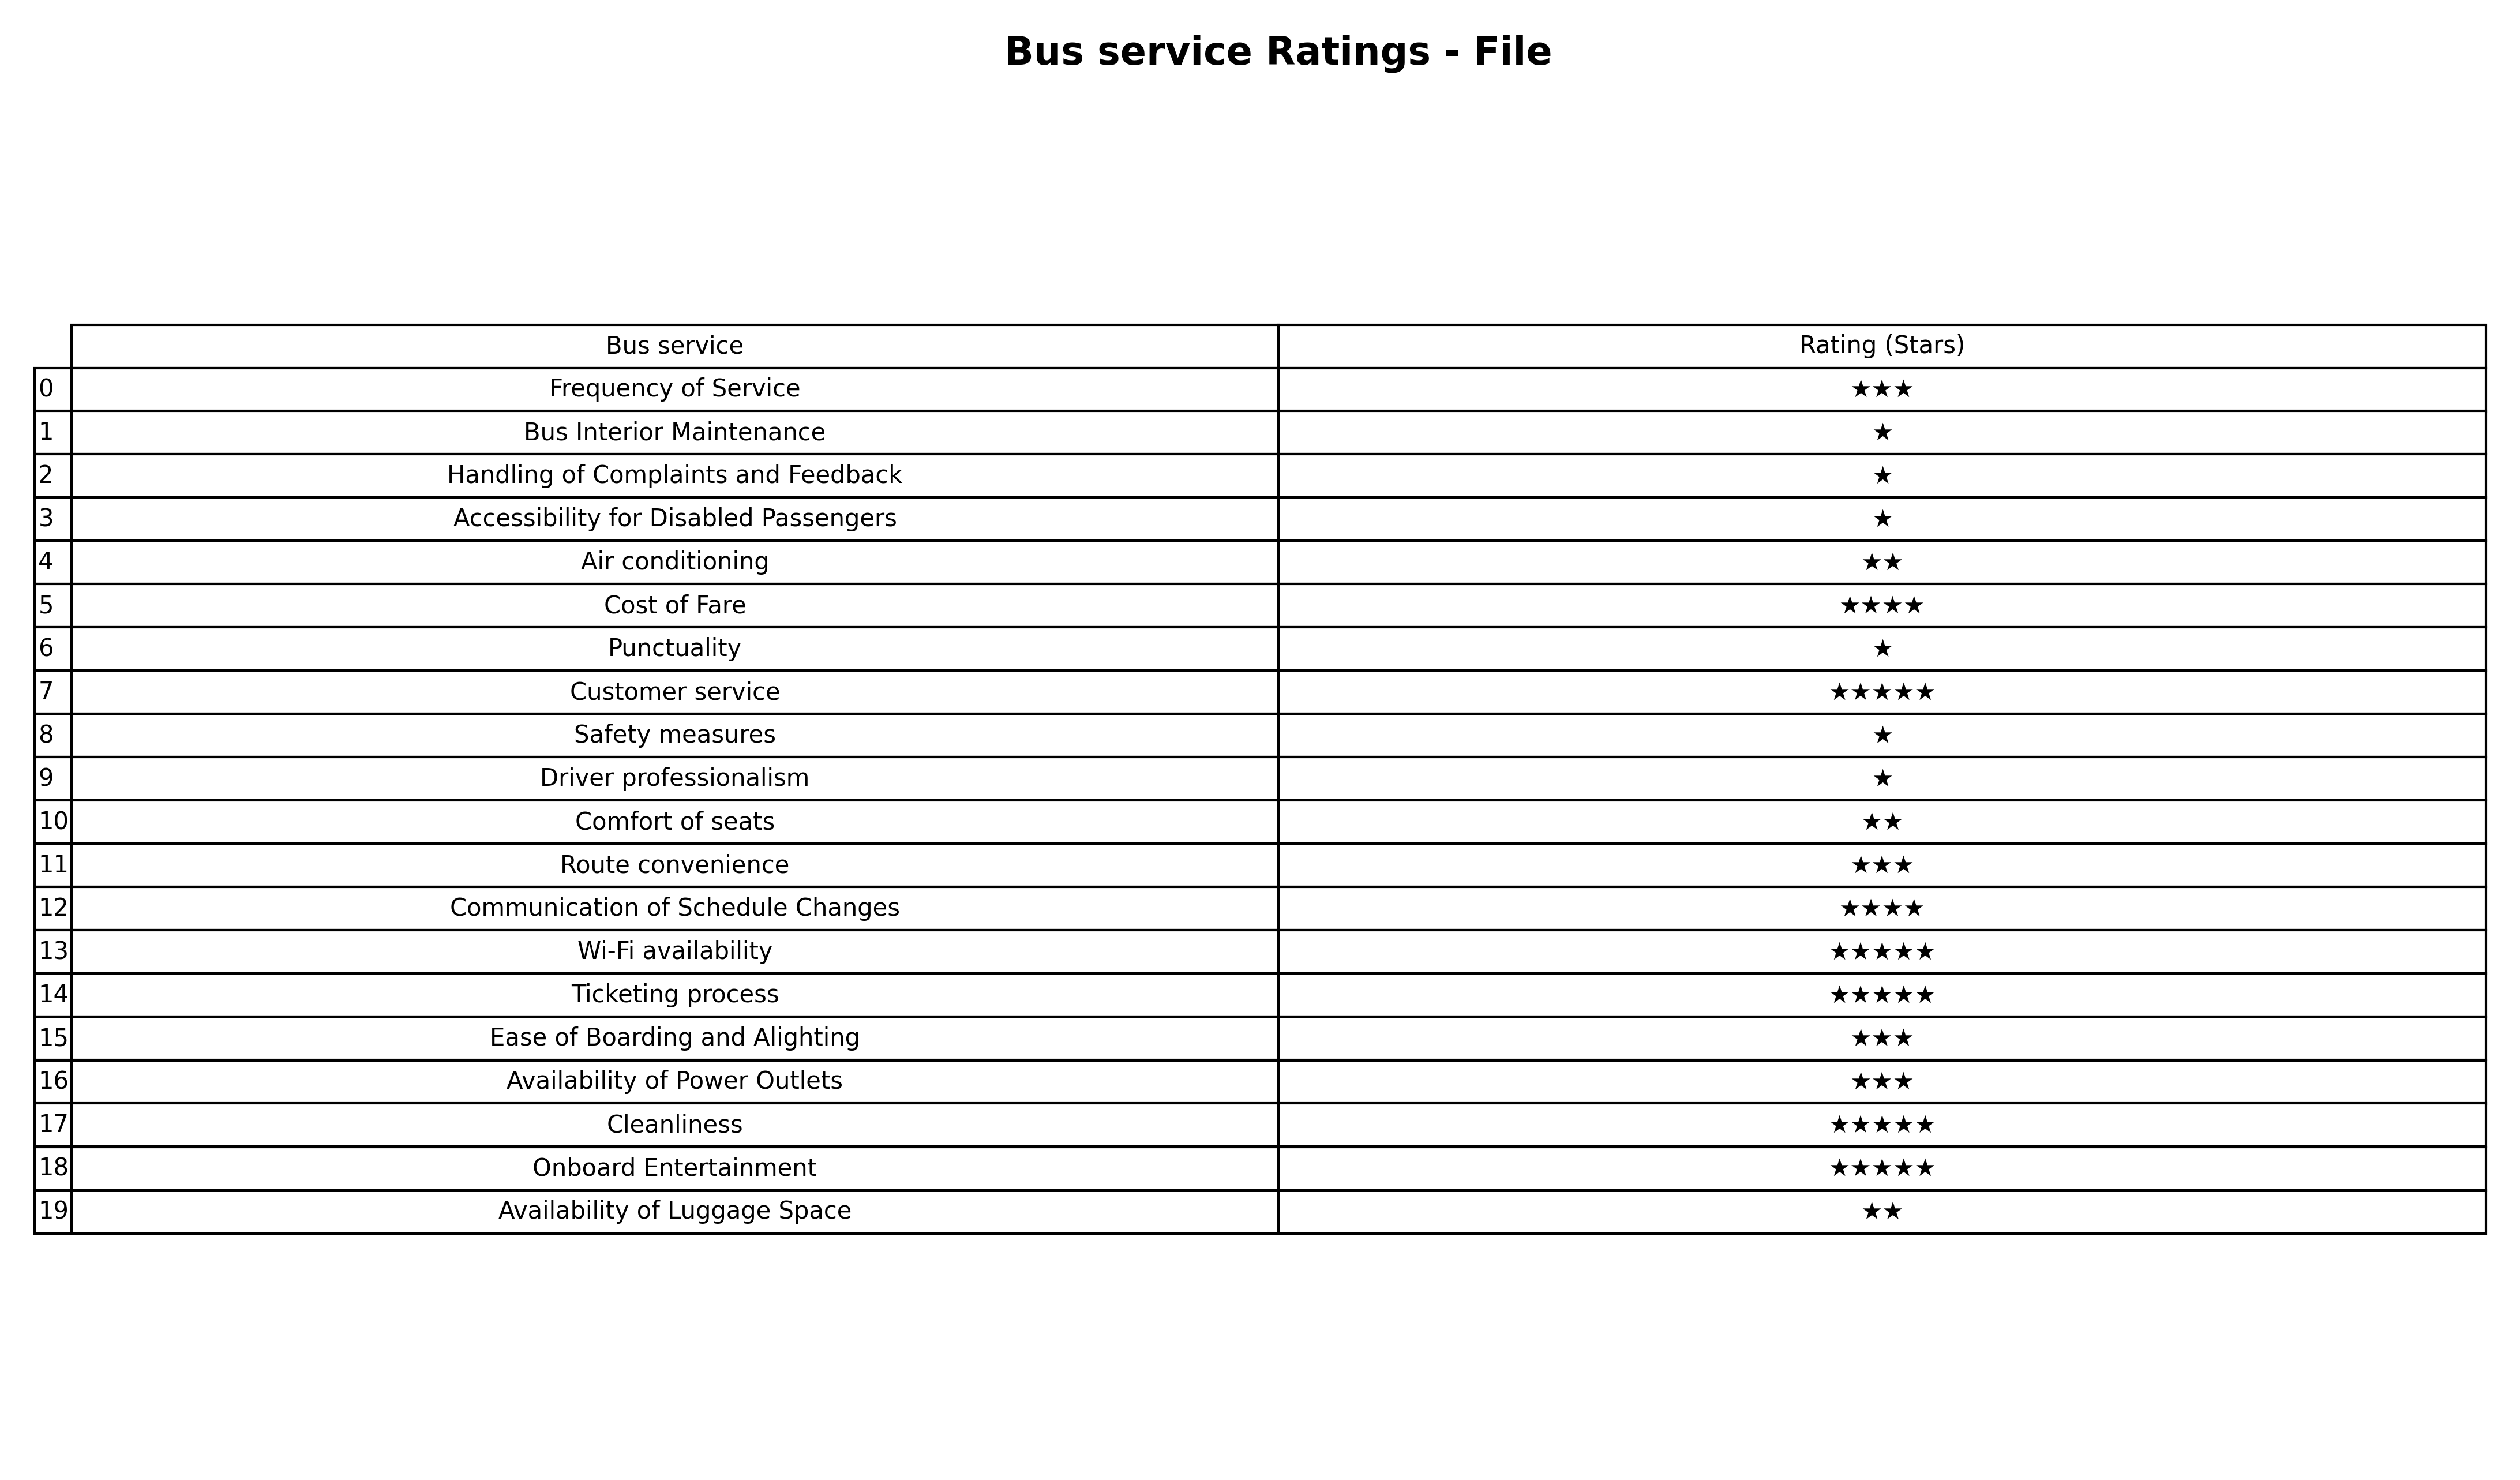
question: What are lowest rating services?
answer: Cost of FareCommunication of Schedule Changes